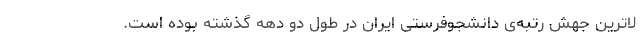
لاترین جهش رتبه‌ی دانشجوفرستی ایران در طول دو دهه گذشته بوده است.